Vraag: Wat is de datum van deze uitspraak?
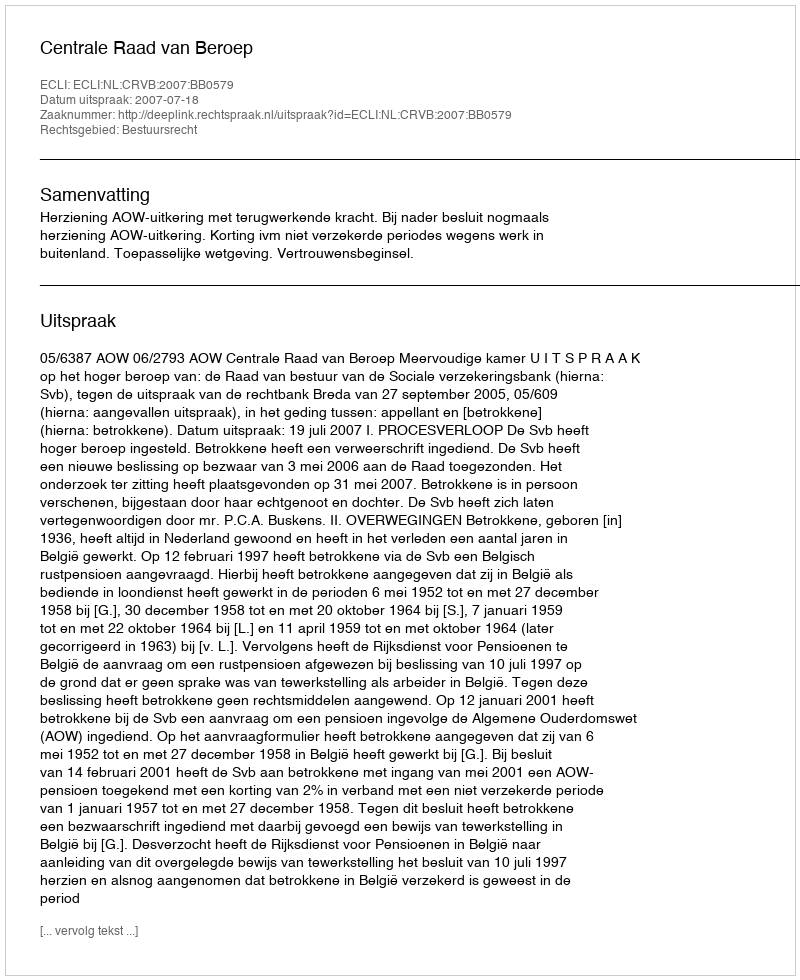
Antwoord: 2007-07-18